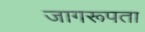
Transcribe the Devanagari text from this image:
जागरूपता